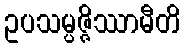
ဥပသမ္ပဇ္ဇိဿာမီတိ